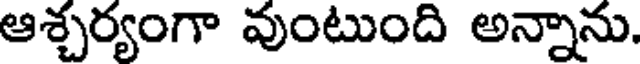
ఆశ్చర్యంగా వుంటుంది అన్నాను.